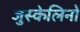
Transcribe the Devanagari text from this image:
जुस्केलिनो